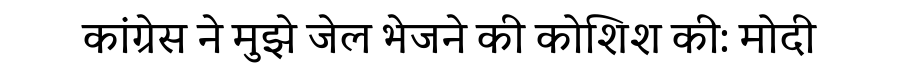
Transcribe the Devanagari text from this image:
कांग्रेस ने मुझे जेल भेजने की कोशिश की: मोदी